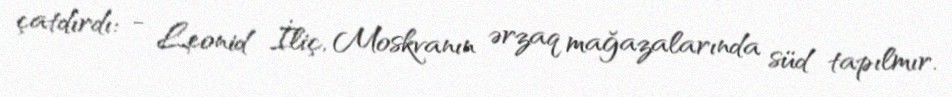
çatdırdı: - Leonid İliç, Moskvanın ərzaq mağazalarında süd tapılmır.